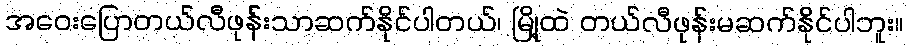
အဝေးပြောတယ်လီဖုန်းသာဆက်နိုင်ပါတယ်၊ မြို့ထဲ တယ်လီဖုန်းမဆက်နိုင်ပါဘူး။